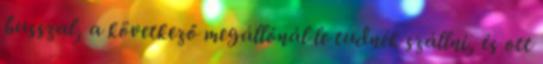
busszal, a következő megállónál le tudnék szállni, és ott